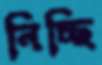
নিচ্ছি